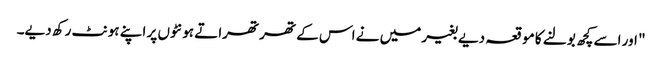
" اور اسے کچھ بولنے کا موقعہ دیے بغیر میں نے اس کے تھرتھراتے ہونٹوں پر اپنے ہونٹ رکھ دیے۔